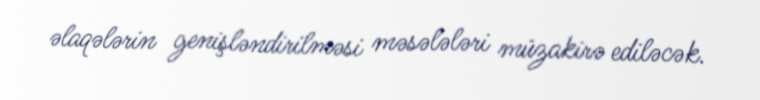
əlaqələrin genişləndirilməsi məsələləri müzakirə ediləcək.